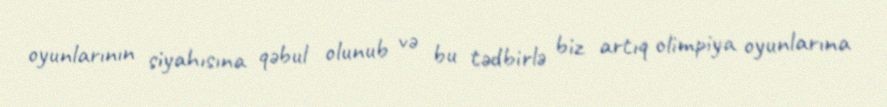
oyunlarının siyahısına qəbul olunub və bu tədbirlə biz artıq olimpiya oyunlarına